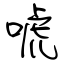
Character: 唬